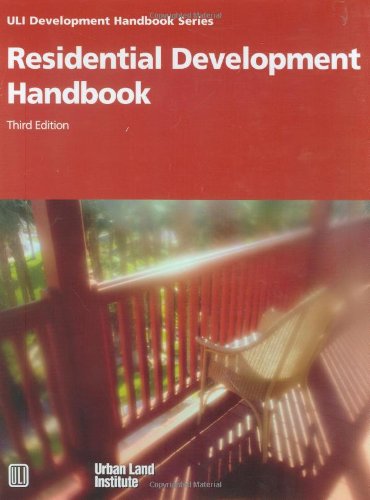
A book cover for Residential Development Handbook (Development Handbook series); Adrienne Schmitz; Arts & Photography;